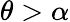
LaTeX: \theta>\alpha